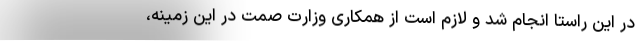
در این راستا انجام شد و لازم است از همکاری وزارت صمت در این زمینه،